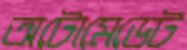
অটোমেডেট